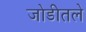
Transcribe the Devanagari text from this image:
जोडीतले